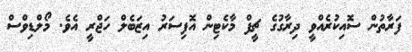
ފަރާތުން ސޮއިކުރެއްވީ ދިރާގުގެ ޗީފް މާކެޓިން އޮފިސަރު އިޒަބެލް ހަޖްރީ އެވެ. މޯލްޑިވްސް